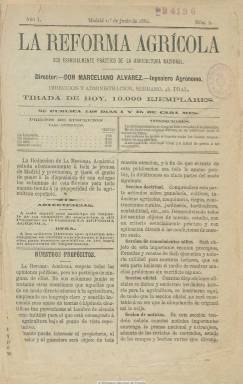
Título: La Reforma agrícola
Colección: Agricultura y ganadería
Ámbito geográfico: Madrid
Lugar de publicación: Madrid
Fechas: 01/01/1882-31/12/1890

Con el subtítulo “eco esencialmente práctico de la agricultura nacional”, aparece el uno de junio de 1882, con periodicidad quincenal (los días 1 y 15 de cada mes), en entregas de 16 páginas y compuesto a dos columnas. Su director y propietario es el ingeniero agrónomo Marceliano Álvarez Muñiz, y administrador, el perito agrícola Pedro Giménez. Está estructurado en secciones, que no variará durante casi su década en publicación. La primera es la doctrinal, con artículos de ganadería, cultivos, industrias agrícolas, maquinaria, riegos, construcciones rurales, jardinería, horticultura y contabilidad, que se convierte más tarde en una “Revista de la quincena”. Le sigue la de conocimientos útiles, con fórmulas y recetas de fácil ejecución y útiles; la oficial, con disposiciones y normativa sobre el sector; la de noticias, que recoge de otros periódicos nacionales y extranjeras, y con revistas de mercados y del estado de los campos, y una última sección de consultas. No publica grabados ni dibujo alguno. En su último número, correspondiente al 30 de diciembre de 1890, anuncia su suspensión y su refundición con el semanario La España vinícola, agrícola, industrial y comercial, dirigida por el publicista José M. Martínez Añíbarro. Sus fascículos forman tomos anuales, con índices, al final.